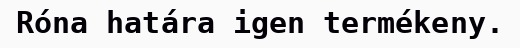
Róna határa igen termékeny.